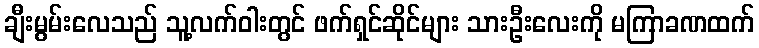
ချီးမွမ်းလေသည် သူ့လက်ဝါးတွင် ဖက်ရှင်ဆိုင်များ သားဦးလေးကို မကြာခဏထက်